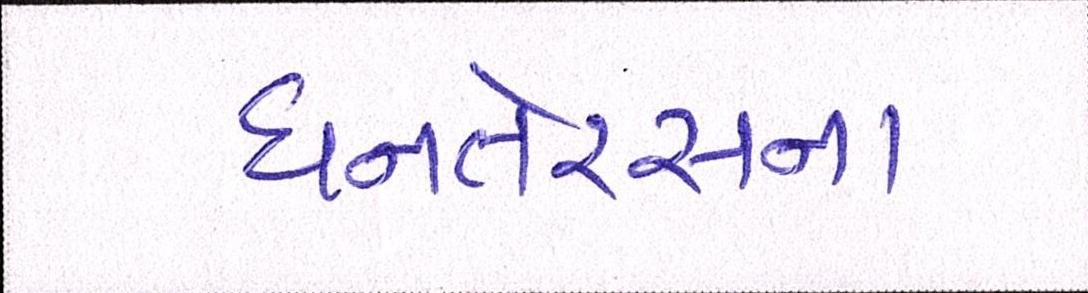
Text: ધનતેરસના